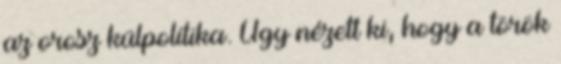
az orosz külpolitika. Úgy nézett ki, hogy a török